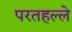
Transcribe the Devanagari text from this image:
परतहल्ले